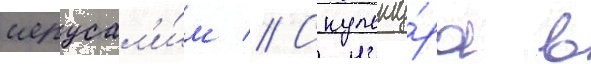
иерусал'и́м // Скульпту́ра в